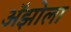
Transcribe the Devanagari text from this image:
अॅझोला